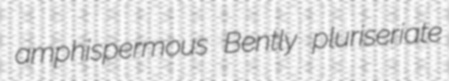
amphispermous Bently pluriseriate